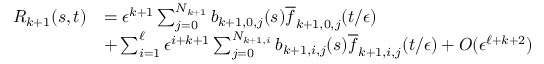
\begin{array} { r l } { R _ { k + 1 } ( s , t ) } & { = \epsilon ^ { k + 1 } \sum _ { j = 0 } ^ { N _ { k + 1 } } b _ { k + 1 , 0 , j } ( s ) \overline { { f } } _ { k + 1 , 0 , j } ( t / \epsilon ) } \\ & { + \sum _ { i = 1 } ^ { \ell } \epsilon ^ { i + k + 1 } \sum _ { j = 0 } ^ { N _ { k + 1 , i } } b _ { k + 1 , i , j } ( s ) \overline { { f } } _ { k + 1 , i , j } ( t / \epsilon ) + O ( \epsilon ^ { \ell + k + 2 } ) } \end{array}